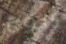
ثلوج